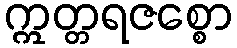
ဣတ္တရဇစ္စော